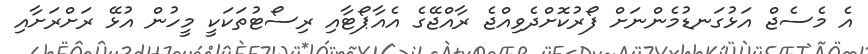
އެ މެސެޖް އަޅުގަނޑުމެންނަށް ފޯރުކޮށްދެވިއްޖެ ރާއްޖޭގެ އެއާޕޯޓާއި ރިސޯޓުތަކަކީ މީހުން އުޅޭ ރަށްރަށާއި